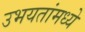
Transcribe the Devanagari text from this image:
उभयतांमध्ये